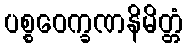
ပစ္စဝေက္ခဏနိမိတ္တံ